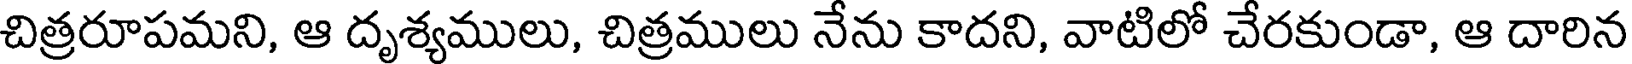
చిత్రరూపమని, ఆ దృశ్యములు, చిత్రములు నేను కాదని, వాటిలో చేరకుండా, ఆ దారిన